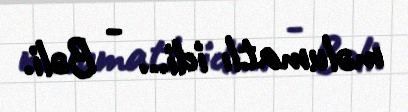
məlumatlı idi... - Bəli.